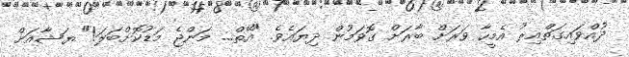
ދުއްވައިގަތްއިރު އެމީހާ ވަރަށް ބާރަށް ގޮވަމުން ދިޔައެވެ. "އޭތް... މަންޖެ މަޑުކޮށްބަލަ!" ޔަޝާއަށް